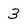
Character: 3